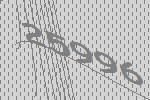
25996